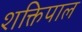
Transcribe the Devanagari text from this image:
शक्तिपाल